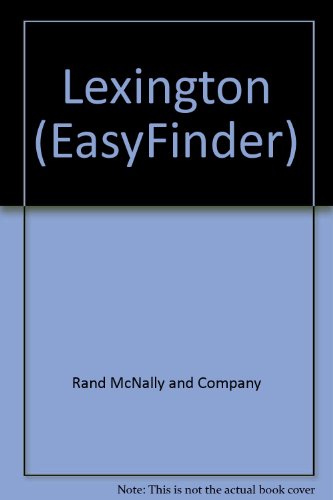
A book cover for Lexington (EasyFinder); Rand McNally; Travel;